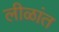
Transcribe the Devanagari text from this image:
लीळांत